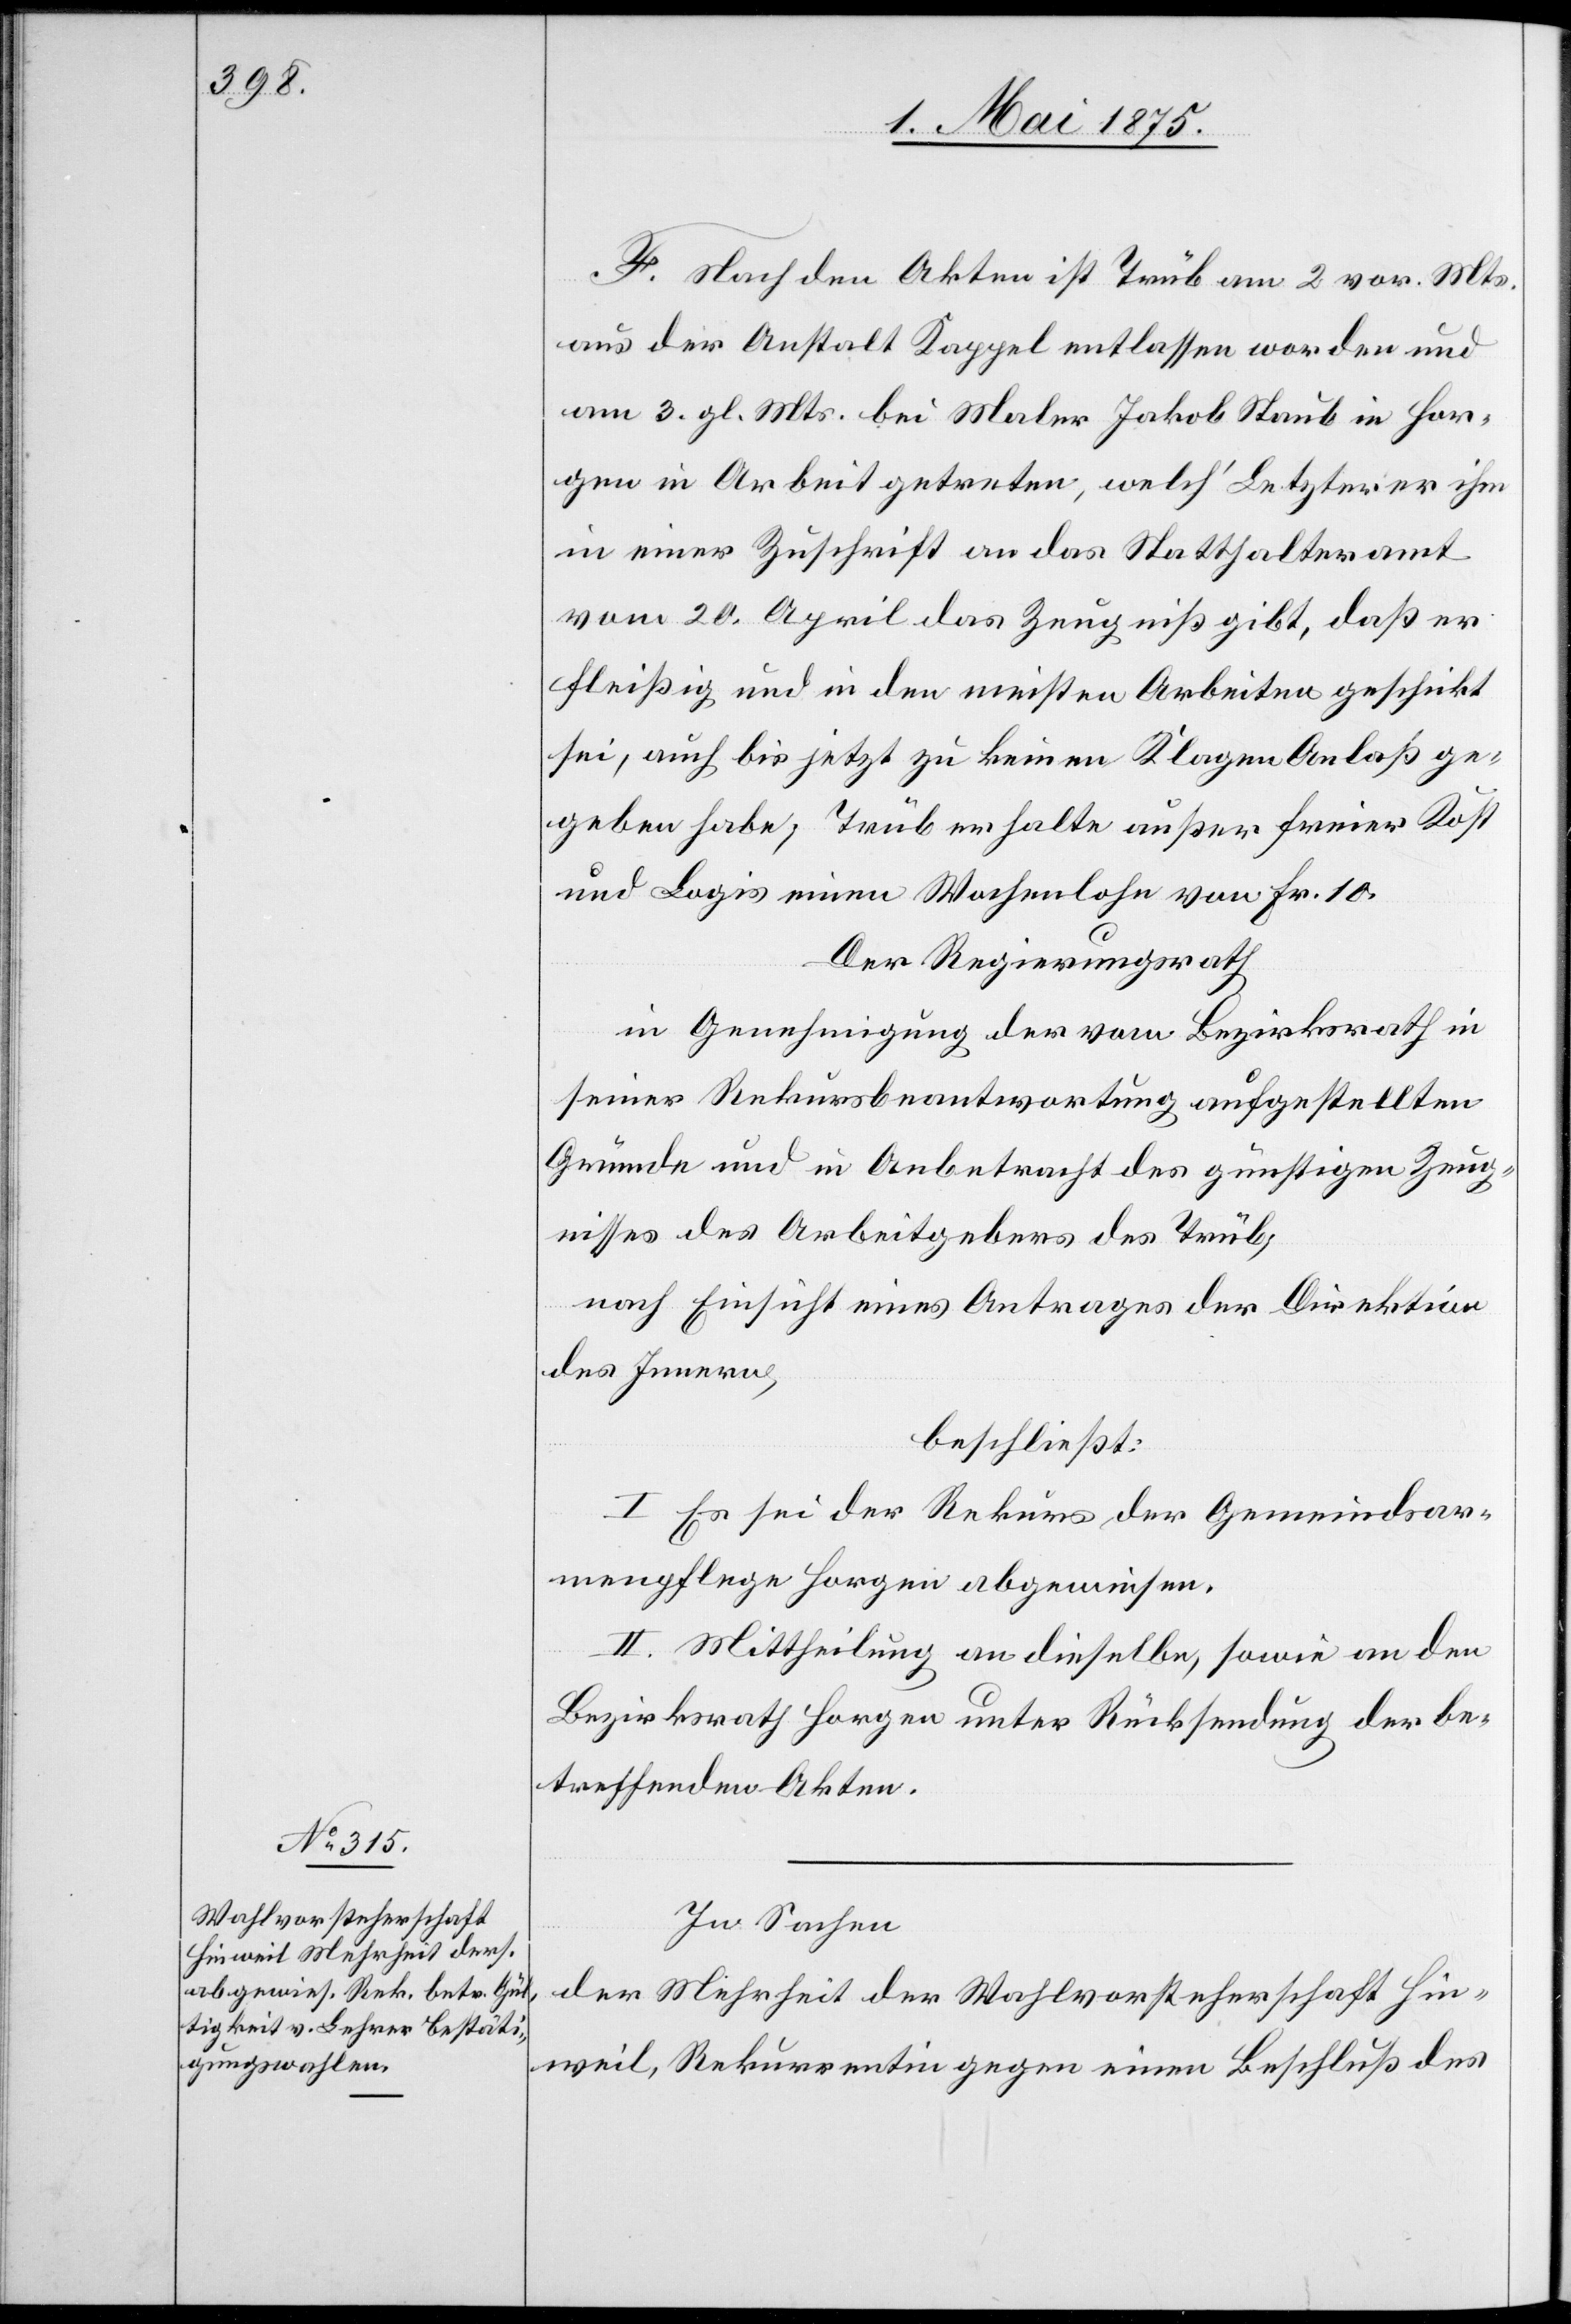
F. Nach den Akten ist Trüb am 2. vor. Mts.
aus der Anstalt Kappel entlassen worden und
am 3. gl. Mts bei Maler Jakob Staub in Hor¬
gen in Arbeit getreten, welch‘ Letzterer ihm
in einer Zuschrift an das Statthalteramt
vom 20. April das Zeugniß gibt, daß er
fleißig und in den meisten Arbeiten geschickt
sei, auch bis jetzt zu keinen Klagen Anlaß ge¬
geben habe, Trüb erhalte außer freier Kost
und Logis einen Wochenlohn von Fr. 10.
Der Regierungsrath
in Genehmigung der vom Bezirksrath in
seiner Rekursbeantwortung aufgestellten
Gründe und in Anbetracht des günstigen Zeug¬
nisses des Arbeitgebers des Trüb,
nach Einsicht eines Antrages der Direktion
des Innern,
beschließt:
I. Es sei der Rekurs der Gemeindsar¬
menpflege Horgen abgewiesen.
II. Mittheilung an dieselbe, sowie an den
Bezirksrath Horgen unter Rücksendung der be¬
treffenden Akten.
In Sachen
der Mehrheit der Wahlvorsteherschaft Hin¬
weil, Rekurrentin gegen einen Beschluß des